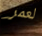
لعمر